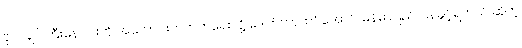
ဗိုလ်ချုပ်ကြီးနေဝင်းကို အကောင်းဘက်ကရေးလို့ ဒေါက်တာထင်အောင် မြန်မာပြည် ပြန်ခွင့်ရတယ် ဆိုတဲ့